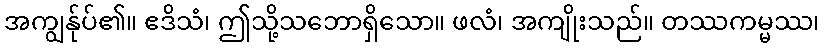
အကျွန်ုပ်၏။ ဧဒိသံ၊ ဤသို့သဘောရှိသော။ ဖလံ၊ အကျိုးသည်။ တဿကမ္မဿ၊